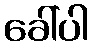
ခေါ်ပါ